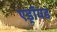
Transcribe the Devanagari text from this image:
एड्रॉयड